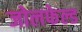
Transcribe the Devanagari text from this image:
जोलफेल्ड